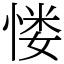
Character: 㥪